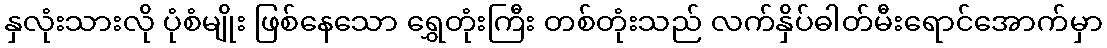
နှလုံးသားလို ပုံစံမျိုး ဖြစ်နေသော ရွှေတုံးကြီး တစ်တုံးသည် လက်နှိပ်ဓါတ်မီးရောင်အောက်မှာ